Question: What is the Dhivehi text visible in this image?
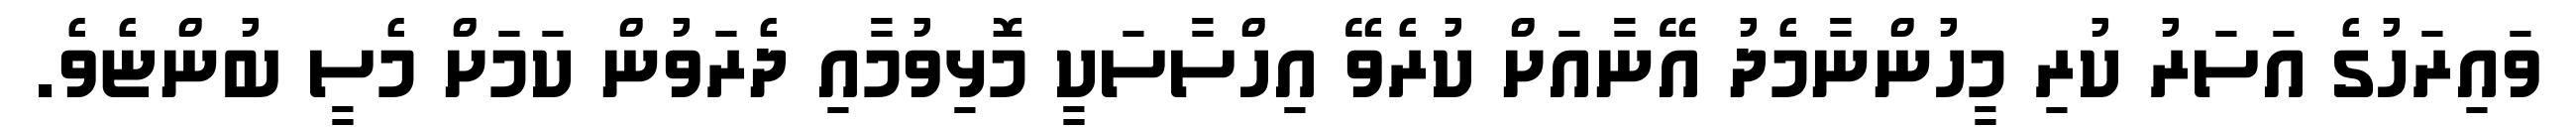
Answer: ވައިރަހުގެ އަސަރު ކުރި މީހުންނާމެދު އޭނާއަށް ކުރެވޭ އިހްސާސަކީ މޮޅިވުމާއި ދެރަވުން ކަމަށް މެސީ ބުންޏެވެ.